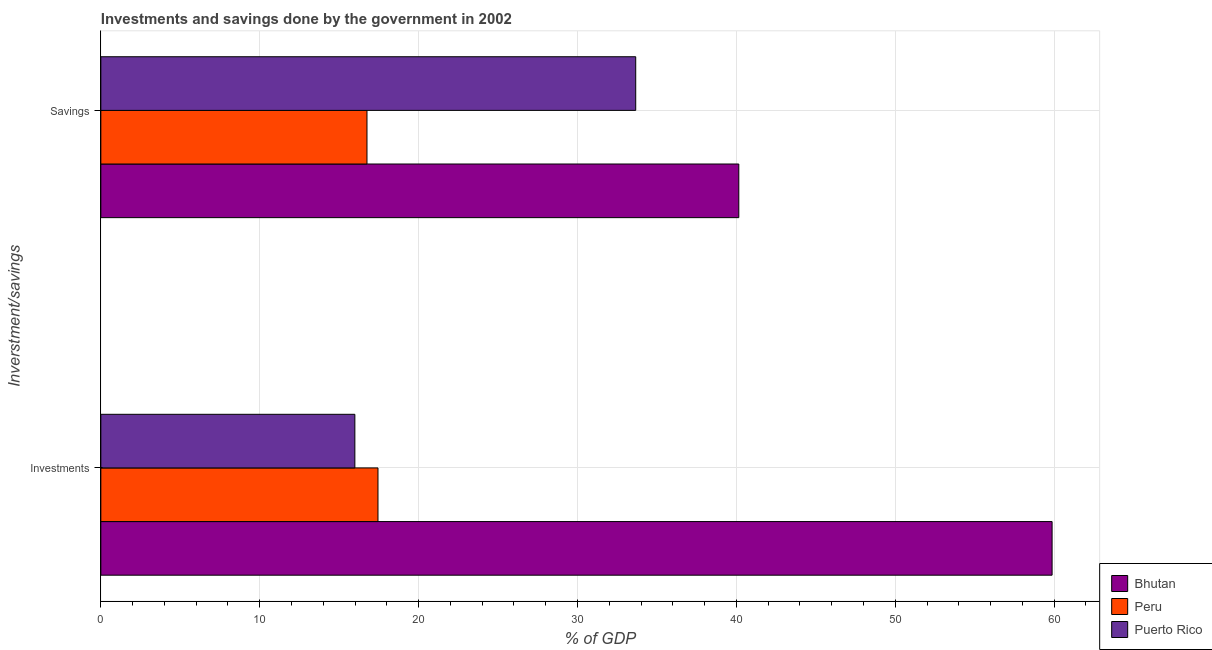
| Inverstment/savings | Bhutan | Peru | Puerto Rico |
 | --- | --- | --- | --- |
 | Investments | 59.9 | 17.4 | 16 |
 | Savings | 40.2 | 16.8 | 33.7 |